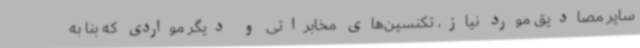
سایر مصادیق مورد نیاز، تکنسین‌های مخابراتی و دیگر مواردی که بنا به